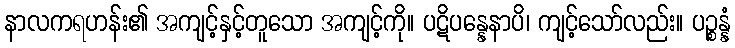
နာလကရဟန်း၏ အကျင့်နှင့်တူသော အကျင့်ကို။ ပဋိပန္နေနာပိ၊ ကျင့်သော်လည်း။ ပဉ္စန္နံ